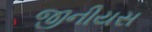
જીનીયસ